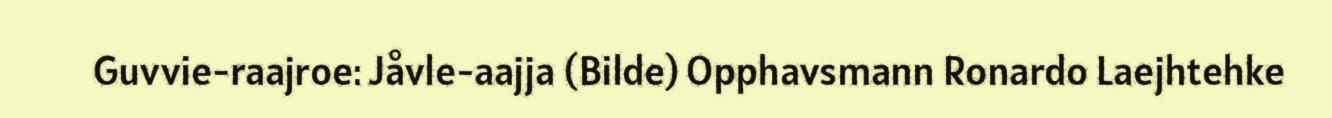
Guvvie-raajroe: Jåvle-aajja (Bilde) Opphavsmann Ronardo Laejhtehke